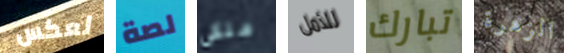
لعكس لصة ملكى للأمل تبارك الزهرة